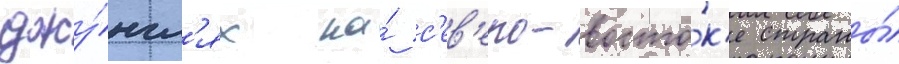
джу́нгл'ях на́ с'ев'еро-восто́к'е страны́